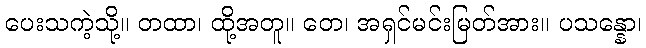
ပေးသကဲ့သို့။ တထာ၊ ထို့အတူ။ တေ၊ အရှင်မင်းမြတ်အား။ ပသန္နော၊